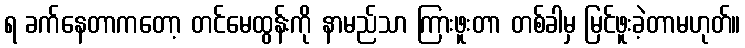
ရ ခက်နေတာကတော့ တင်မေထွန်းကို နာမည်သာ ကြားဖူးတာ တစ်ခါမှ မြင်ဖူးခဲ့တာမဟုတ်။